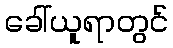
ခေါ်ယူရာတွင်